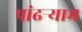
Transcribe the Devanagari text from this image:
पांढऱ्र्‍याभ्र